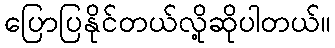
ပြောပြနိုင်တယ်လို့ဆိုပါတယ်။